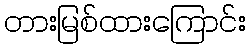
တားမြစ်ထားကြောင်း